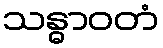
သန္ဓာဝတံ